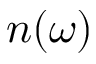
n ( \omega )